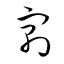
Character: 寓